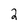
Character: 2